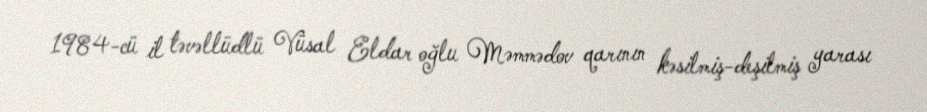
1984-cü il təvəllüdlü Vüsal Eldar oğlu Məmmədov qarının kəsilmiş-deşilmiş yarası